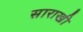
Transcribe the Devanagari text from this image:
साराखी